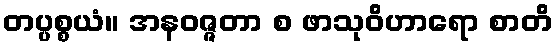
တပ္ပစ္စယံ။ အနဝဇ္ဇတာ စ ဖာသုဝိဟာရော စာတိ